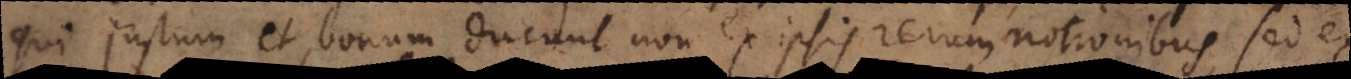
qui justum et bonum ducunt non ex ipsis rerum notionibus, sed ex